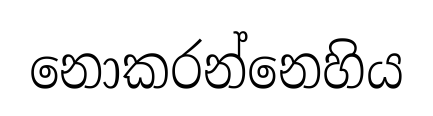
නොකරන්නෙහිය